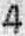
4